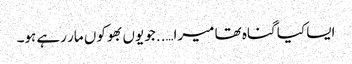
ایسا کیا گناہ تھا میرا…..جو یوں بھوکوں مار رہے ہو۔